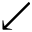
\swarrow